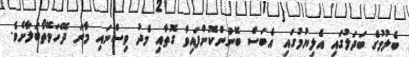
ބެލުމުގެ ބަދަލުގައި އެލިޔުމުގައި އެބަސް ބޭނުންކޮށްފައިވާ ގޮތާއި މެދު ވިސްނައި މާނަ ދޭހަވޭތޯބަލާށެވެ.